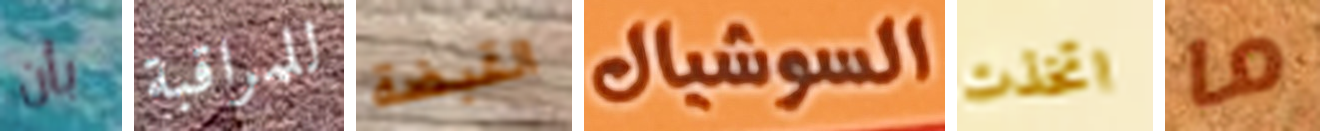
بأن للمراقبة القبضة السوشيال اتخذت ما